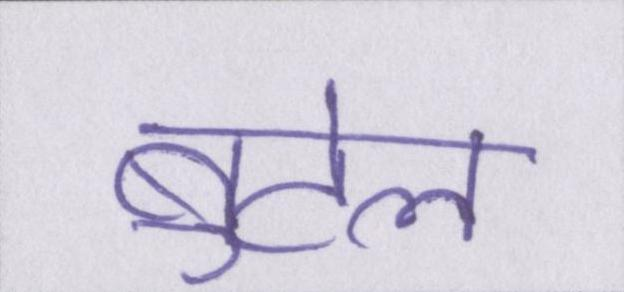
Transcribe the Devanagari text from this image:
बुटेल